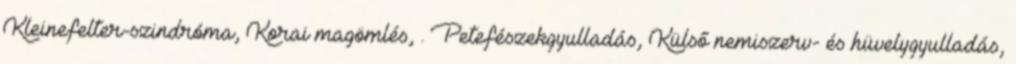
Kleinefelter-szindróma, Korai magömlés, . Petefészekgyulladás, Külső nemiszerv- és hüvelygyulladás,